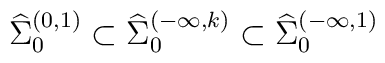
{\widehat \Sigma}_{0}^{(0, 1)}\subset {\widehat \Sigma}_{0}^{(-\infty, k)}\subset {\widehat \Sigma}_{0}^{(-\infty, 1)}